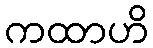
ကထာဟိ